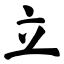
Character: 立